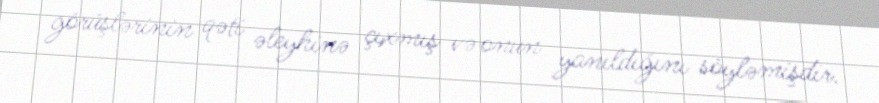
görüşlərinin qəti əleyhinə çıxmış və onun yanıldığını söyləmişdir.